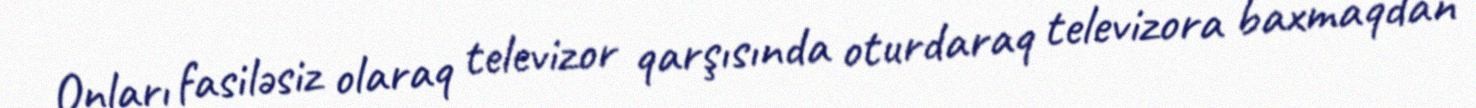
Onları fasiləsiz olaraq televizor qarşısında oturdaraq televizora baxmaqdan